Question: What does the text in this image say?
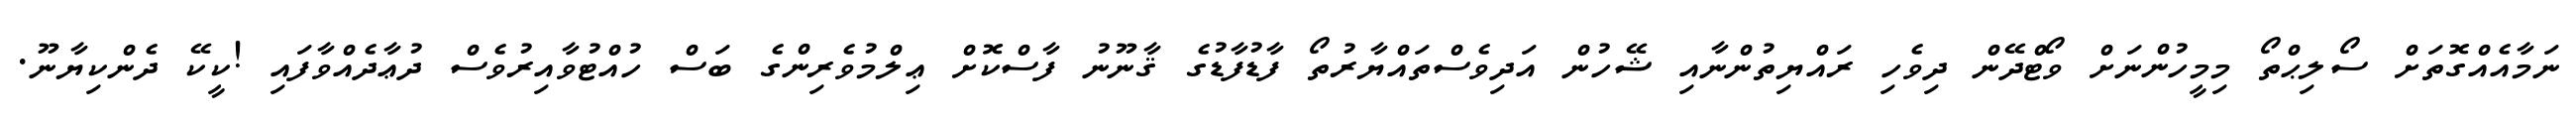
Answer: ނަމާއެއްގޮތަށް ސޯލިޙްތޯ މިމީހުންނަށް ވޯޓްދޭން ދިވެހި ރައްޔިތުންނާއި ޝޭހުން އަދިވެސްތައްޔާރުތޯ ފާޑުފާޑުގެ ޤާނޫނު ފާސްކޮށް ޢިލްމުވެރިންގެ ބަސް ހުއްޓުވާއިރުވެސް ދުޢާދެއްވާފައި !ކީކޭ ދެންކިޔާނޫ.